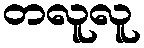
တလူလူ